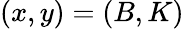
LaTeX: (x,y)=(B,K)